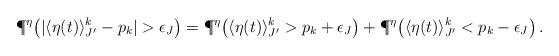
LaTeX: \begin{align*}&\P^\eta\big(|\langle\eta(t)\rangle_{J'}^k-p_k|>\epsilon_{J}\big)= \P^\eta\big(\langle\eta(t)\rangle_{J'}^k>p_k+\epsilon_{J}\big)+ \P^\eta\big(\langle\eta(t)\rangle_{J'}^k<p_k-\epsilon_{J}\big)\,.\end{align*}